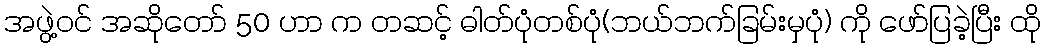
အဖွဲ့ဝင် အဆိုတော် 50 ဟာ က တဆင့် ဓါတ်ပုံတစ်ပုံ(ဘယ်ဘက်ခြမ်းမှပုံ) ကို ဖော်ပြခဲ့ပြီး ထို